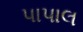
પાપાલ